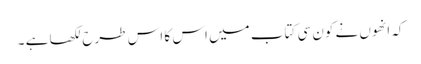
کہ انھوں نے کون سی کتاب میں اس کا اس طرح لکھا ہے ۔